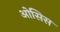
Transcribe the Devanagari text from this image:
ओसिस